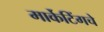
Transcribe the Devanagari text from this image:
मार्केटिंगचे